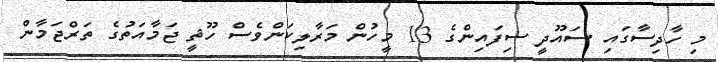
މި ހާދިސާގައި ސައޫދީ ސިފައިންގެ 13 މީހުން މަރާލިކަންވެސް ހޫޘީ ޖަމާއަތުގެ ތަރްޖަމާން